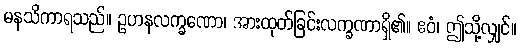
မနသိကာရသည်။ ဥဟနလက္ခဏော၊ အားထုတ်ခြင်းလက္ခဏာရှိ၏။ ဧဝံ၊ ဤသို့လျှင်။